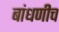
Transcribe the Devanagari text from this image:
बांधणीच